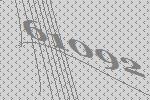
61092